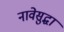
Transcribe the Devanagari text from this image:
नावेसुद्धा